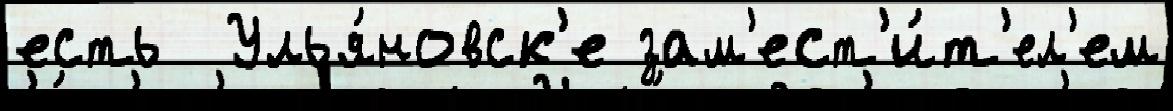
есть  Улья́новск'е зам'ест'и́т'ел'ем